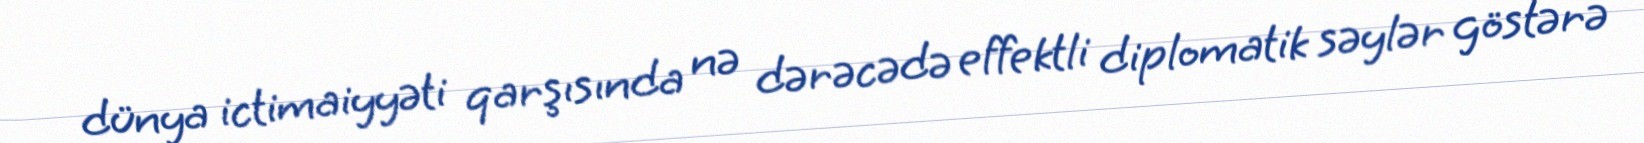
dünya ictimaiyyəti qarşısında nə dərəcədə effektli diplomatik səylər göstərə